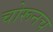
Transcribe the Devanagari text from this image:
चोरूनच